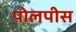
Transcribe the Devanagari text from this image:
पोलपीस